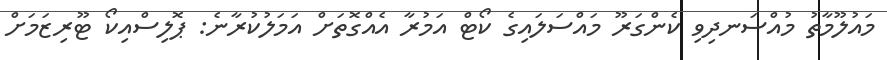
މައުލޫމާތު މުއްސަނދިވި ކެންގަރޫ މައްސަލައިގެ ކޯޓް އަމުރާ އެއްގޮތަށް އަމަލުކުރާނެ: ޕޮލިސްއިކޯ ޓޫރިޒަމަށް